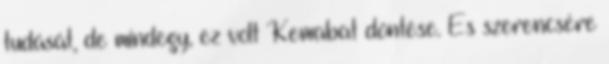
tudását, de mindegy, ez volt Kemabat döntése. És szerencsére